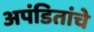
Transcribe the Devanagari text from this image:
अपंडितांचे